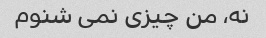
نه، من چیزی نمی شنوم